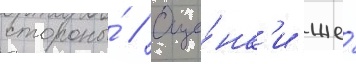
стороны́ // Оце́нк'и же́